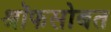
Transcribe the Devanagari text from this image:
श्रॉफसोबत